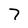
Character: 7